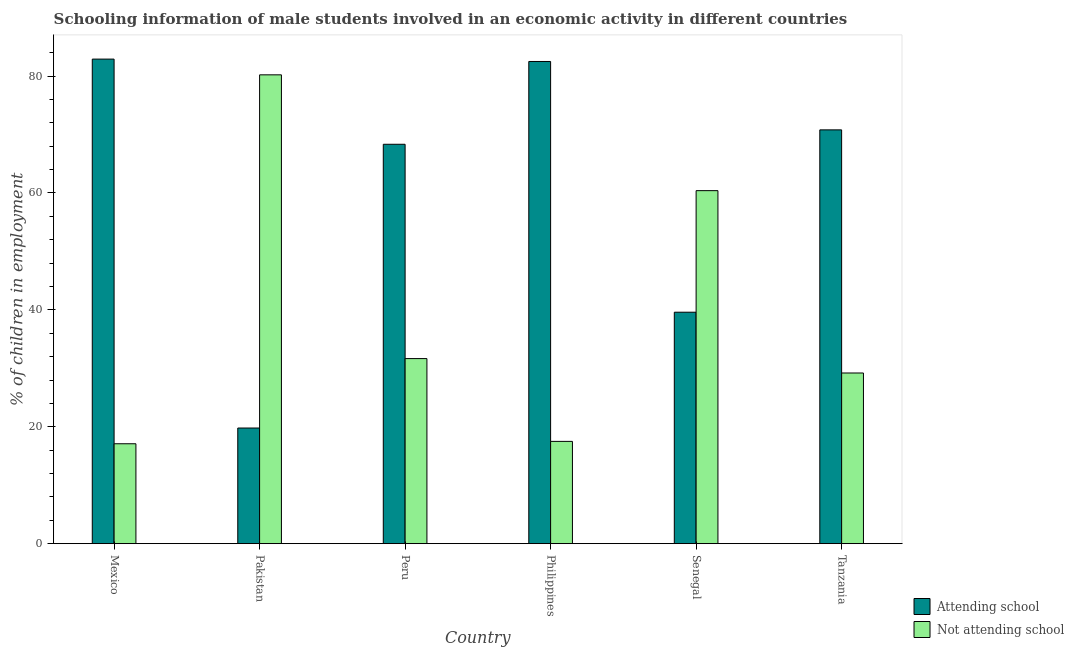
| Country | Attending school | Not attending school |
 | --- | --- | --- |
 | Mexico | 82.9 | 17.1 |
 | Pakistan | 19.8 | 80.2 |
 | Peru | 68.3 | 31.7 |
 | Philippines | 82.5 | 17.5 |
 | Senegal | 39.6 | 60.4 |
 | Tanzania | 70.8 | 29.2 |